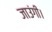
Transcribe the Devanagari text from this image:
जाउंगी।